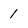
Character: 1